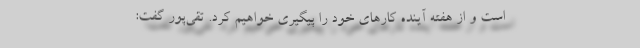
است و از هفته آینده کارهای خود را پیگیری خواهیم کرد. تقی‌پور گفت:‌